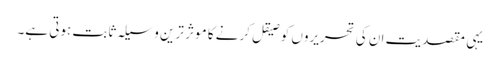
یہی مقصدیت ان کی تحریروں کو صیقل کرنے کا موثر ترین وسیلہ ثابت ہوتی ہے۔